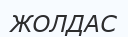
ЖОЛДАС